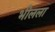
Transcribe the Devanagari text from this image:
भीलला